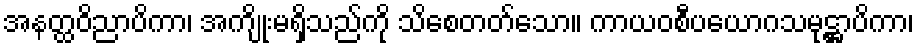
အနတ္ထဝိညာပိကာ၊ အကျိုးမရှိသည်ကို သိစေတတ်သော။ ကာယဝစီပယောဂသမုဋ္ဌာပိကာ၊